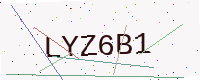
Text: LYZ6B1